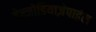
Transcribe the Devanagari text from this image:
बेन्जोडियाज़ेपाइंस